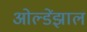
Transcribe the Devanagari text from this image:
ओल्डेंझाल